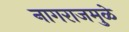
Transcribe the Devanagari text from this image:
नागराजमुळे